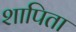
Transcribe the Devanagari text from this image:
शापिता